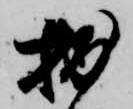
拙